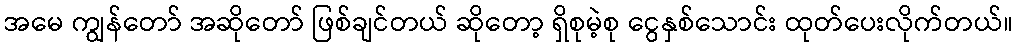
အမေ ကျွန်တော် အဆိုတော် ဖြစ်ချင်တယ် ဆိုတော့ ရှိစုမဲ့စု ငွေနှစ်သောင်း ထုတ်ပေးလိုက်တယ်။